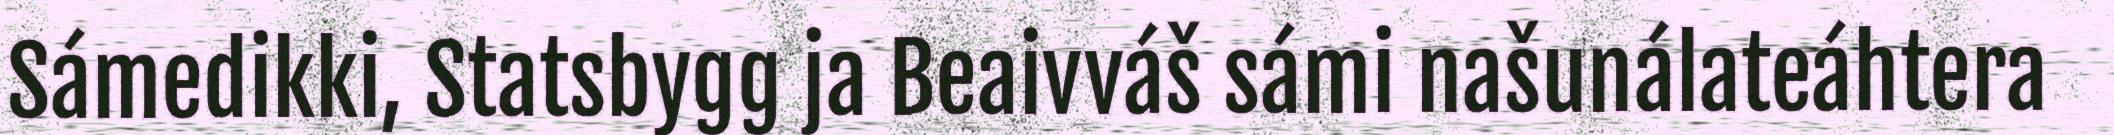
Sámedikki, Statsbygg ja Beaivváš sámi našunálateáhtera